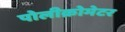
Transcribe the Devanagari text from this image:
पोलीक्रोमेटर